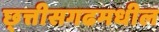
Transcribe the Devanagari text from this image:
छ्त्तीसगढमधील